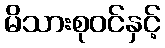
မိသားစုဝင်နှင့်